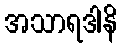
အသာရဒါနိ